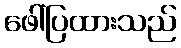
ဖေါ်ပြထားသည်